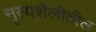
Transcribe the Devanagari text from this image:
नृत्यशैलीतील